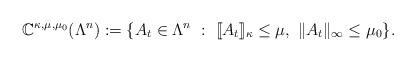
LaTeX: \begin{align*}\mathbb{C}^{\kappa,\mu, \mu_0}(\Lambda^n) := \{ A_t \in \Lambda^n~:~ [\![ A_t ]\!]_{\kappa} \leq \mu,~ \|A_t\|_{\infty} \leq \mu_0 \}.\end{align*}